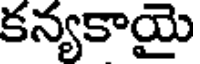
కన్యకాయై